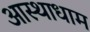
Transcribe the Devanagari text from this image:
आस्थाधाम